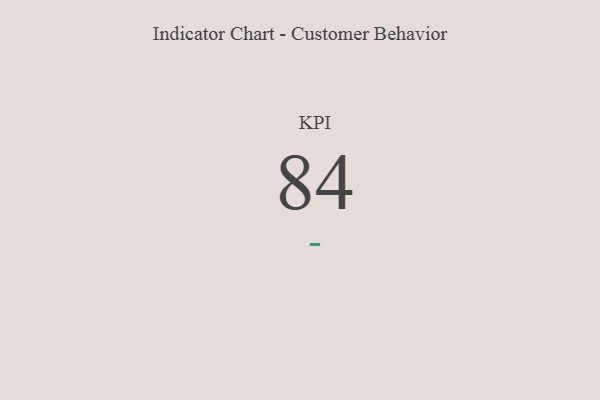
{"axis": {"x": "KPI", "y": "Value"}, "legend": [""], "data": [{"x": "KPI", "y": 84, "type": ""}]}